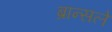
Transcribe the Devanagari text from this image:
ब्रान्सले